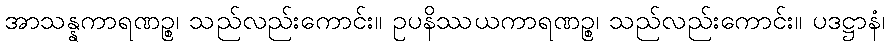
အာသန္နကာရဏဉ္စ၊ သည်လည်းကောင်း။ ဥပနိဿယကာရဏဉ္စ၊ သည်လည်းကောင်း။ ပဒဋ္ဌာနံ၊